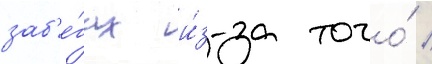
заб'е́гах и́з-за того́ /